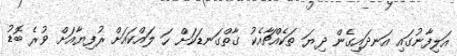
އަލިފާނުގައި އަނދައިގެން ދިޔަ ތަކެއްޗާއެކު ގާތްގަނޑަކަށް ހަ ލައްކައަށް ރުފިޔާއަށް ވުރެ ބޮޑު